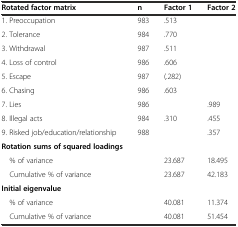
<table><thead><tr><td><b>Rotated factor matrix</b></td><td><b>n</b></td><td><b>Factor 1</b></td><td><b>Factor 2</b></td></tr></thead><tbody><tr><td>1. Preoccupation</td><td>983</td><td>.513</td><td></td></tr><tr><td>2. Tolerance</td><td>984</td><td>.770</td><td></td></tr><tr><td>3. Withdrawal</td><td>987</td><td>.511</td><td></td></tr><tr><td>4. Loss of control</td><td>986</td><td>.606</td><td></td></tr><tr><td>5. Escape</td><td>987</td><td>(.282)</td><td></td></tr><tr><td>6. Chasing</td><td>986</td><td>.603</td><td></td></tr><tr><td>7. Lies</td><td>986</td><td></td><td>.989</td></tr><tr><td>8. Illegal acts</td><td>984</td><td>.310</td><td>.455</td></tr><tr><td>9. Risked job/education/relationship</td><td>988</td><td></td><td>.357</td></tr><tr><td><b>Rotation sums of squared loadings</b></td><td></td><td></td><td></td></tr><tr><td> % of variance</td><td></td><td>23.687</td><td>18.495</td></tr><tr><td> Cumulative % of variance</td><td></td><td>23.687</td><td>42.183</td></tr><tr><td><b>Initial eigenvalue</b></td><td></td><td></td><td></td></tr><tr><td> % of variance</td><td></td><td>40.081</td><td>11.374</td></tr><tr><td> Cumulative % of variance</td><td></td><td>40.081</td><td>51.454</td></tr></tbody></table>